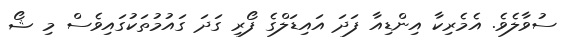
ސުވާލެވެ. އެމެރިކާ އިންޑިއާ ފަދަ އައިޑަލްގެ ފޯރި ގަދަ ގައުމުތަކުގައިވެސް މި ޝޯ